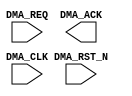
`timescale 1ns/1ps
`celldefine
//
// SOC_FPGA_INTF_DMA simulation model
// SOC DMA interface
//
// Copyright (c) 2023 Rapid Silicon, Inc.  All rights reserved.
//

module SOC_FPGA_INTF_DMA (
  input [3:0] DMA_REQ, // DMA request
  output [3:0] DMA_ACK, // DMA acknowledge
  input DMA_CLK, // DMA clock
  input DMA_RST_N // DMA reset
);

endmodule
`endcelldefine